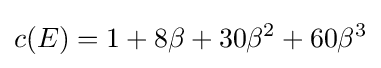
c(E)=1+8\beta +30\beta ^{2}+60\beta ^{3}